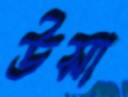
উসা